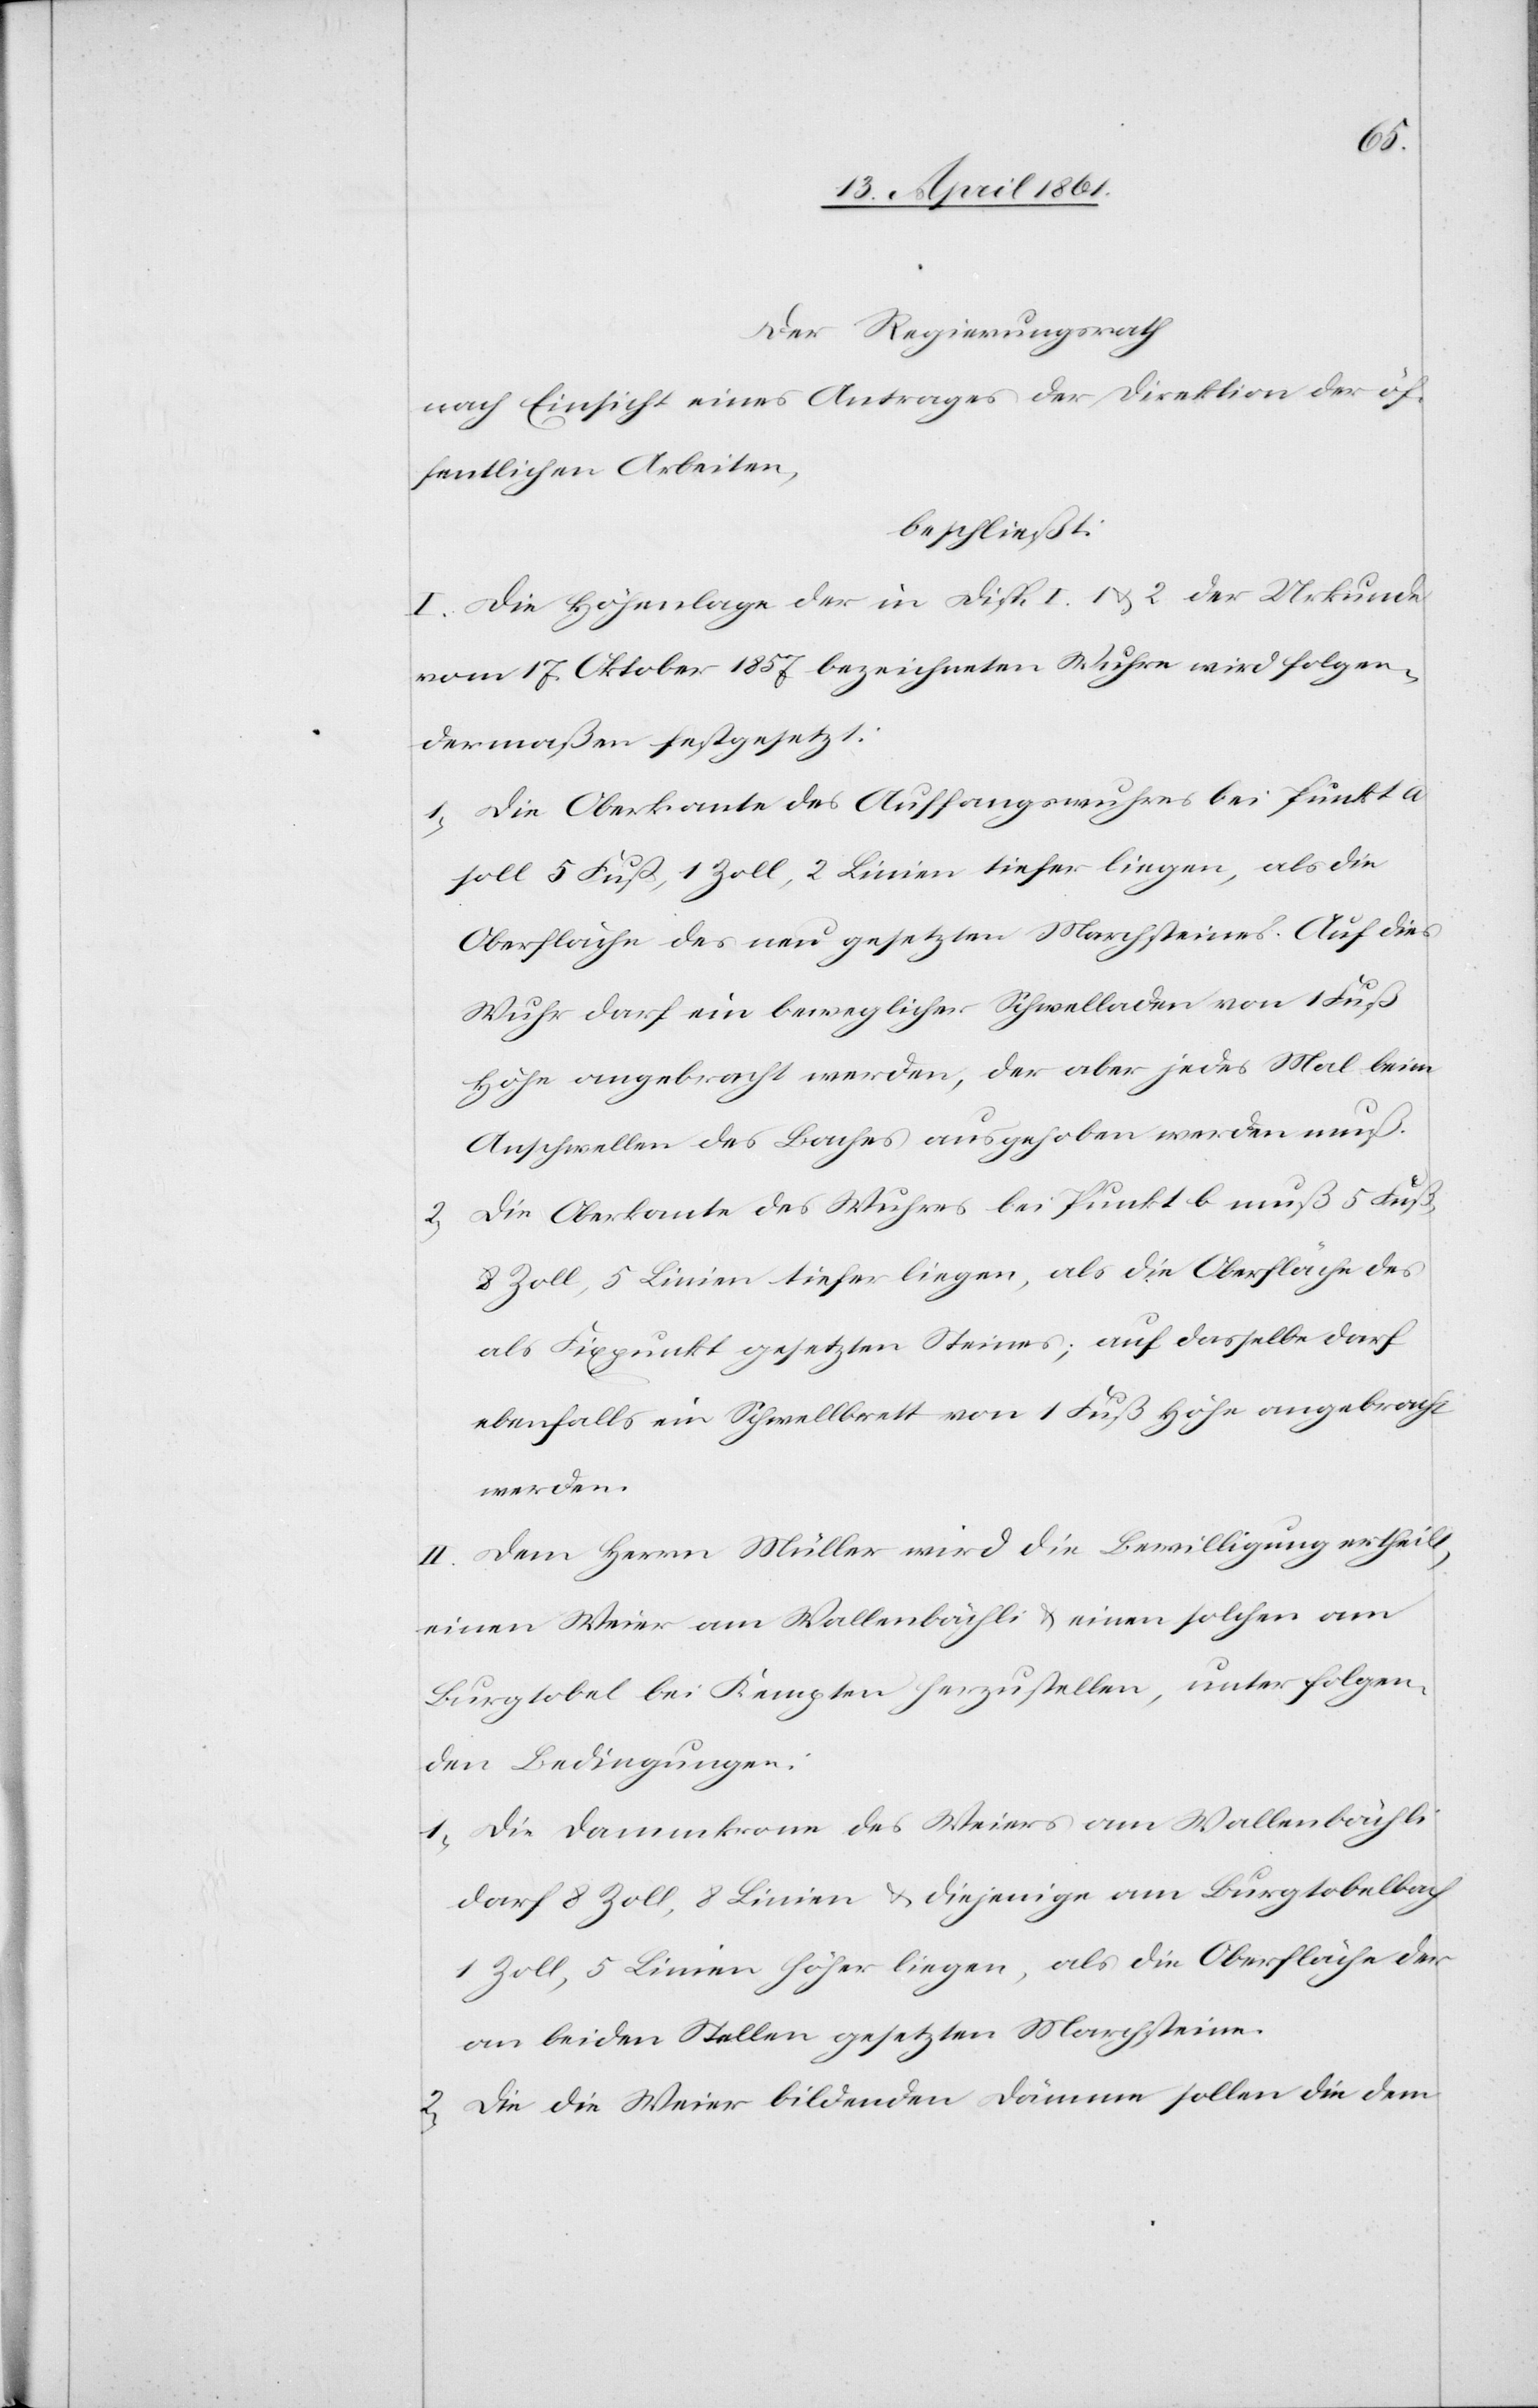
Der Regierungsrath
nach Einsicht eines Antrages der Direktion der öf¬
fentlichen Arbeiten,
beschließt:
I. Die Höhenlage der in Disp. 1 u. 2 der Urkunde
vom 17. Oktober 1857 bezeichneten Wuhre wird folgen¬
dermaßen festgesetzt:
1. Die Oberkante des Auffangswuhres bei Punkt a
soll 5 Fuß, 1 Zoll, 2 Linien tiefer liegen, als die
Oberfläche des neu gesetzten Marchsteines. Auf dies
Wuhr darf ein beweglicher Schwelladen von 1 Fuß
Höhe angebracht werden, der aber jedes Mal beim
Anschwellen des Baches ausgehoben werden muß.
2. Die Oberkante des Wuhres bei Punkt b muß 5 Fuß,
8 Zoll, 5 Linien tiefer liegen als die Oberfläche des
als Fixpunkt gesetzten Steines; auf dasselbe darf
ebenfalls ein Schwellbrett von 1 Fuß Höhe angebracht
werden.
II. Dem Herrn Müller wird die Bewilligung ertheilt,
einen Weier am Wallenbächli u. einen solchen am
Burgtobel bei Kempten herzustellen, unter folgen¬
den Bedingungen:
1. Die Dammkrone des Weiers am Wallenbächli
darf 8 Zoll, 8 Linien u. diejenige am Burgtobelbach
1 Zoll, 5 Linien höher liegen, als die Oberfläche der
an beiden Stellen gesetzten Marchsteine.
2. Die die Weier bildenden Dämme sollen die dem